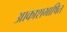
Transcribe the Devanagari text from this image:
आकाशभाषित